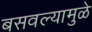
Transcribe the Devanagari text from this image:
बसवल्यामुळे